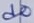
Text: d0